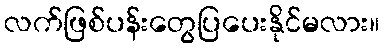
လက်ဖြစ်ပန်းတွေပြပေးနိုင်မလား။